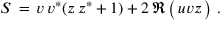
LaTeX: ~ S \, = \, v \, v ^ { * } ( z \, z ^ { * } + 1 ) + 2 \, \Re \, { \bigl ( } \, u v z \, { \bigr ) } ~ .